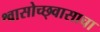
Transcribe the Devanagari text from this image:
श्वासोच्छ्वासाचा